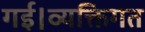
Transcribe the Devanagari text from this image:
गई।व्यक्तिगत